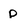
Character: p